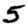
Digit: 5